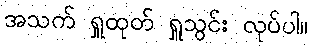
အသက် ရှူထုတ် ရှူသွင်း လုပ်ပါ။